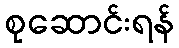
စုဆောင်းရန်